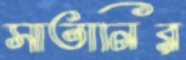
সাতানির